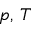
p , \, T